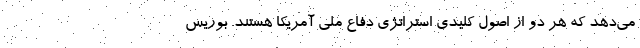
می‌دهد که هر دو از اصول کلیدی استراتژی دفاع ملی آمریکا هستند. بوریس